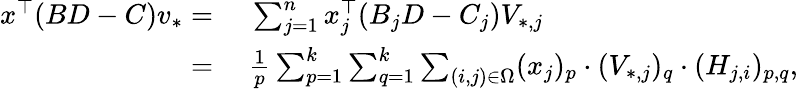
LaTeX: \begin{array}{rl}{x^{\top}(BD-C)v_{*}=}&{~\sum_{j=1}^{n}x_{j}^{\top}(B_{j}D-C_{j})V_{*,j}}\\ {=}&{~\frac{1}{p}\sum_{p=1}^{k}\sum_{q=1}^{k}\sum_{(i,j)\in\Omega}(x_{j})_{p}\cdot(V_{*,j})_{q}\cdot(H_{j,i})_{p,q},}\end{array}